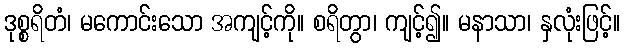
ဒုစ္စရိတံ၊ မကောင်းသော အကျင့်ကို။ စရိတွာ၊ ကျင့်၍။ မနာသာ၊ နှလုံးဖြင့်။